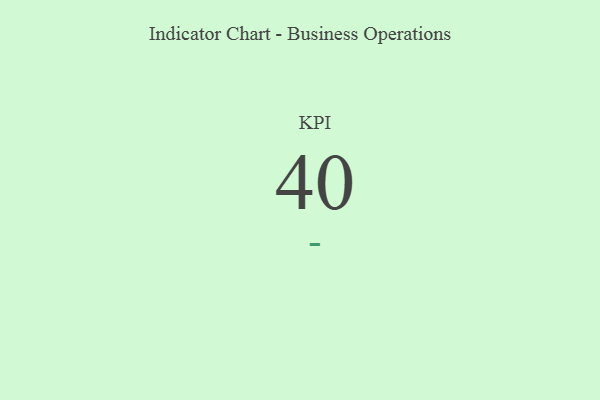
{"axis": {"x": "KPI", "y": "Value"}, "legend": [""], "data": [{"x": "KPI", "y": 40, "type": ""}]}